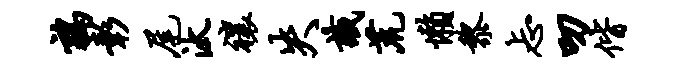
鹑彰尾汰禳失识荒懒黎忐叨偕